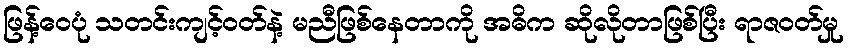
ဖြန့်ဝေပုံ သတင်းကျင့်ဝတ်နဲ့ မညီဖြစ်နေတာကို အဓိက ဆိုလိုတာဖြစ်ပြီး ရာဇဝတ်မှု